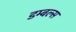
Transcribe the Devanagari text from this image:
डम्बल्स